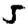
Digit: 5